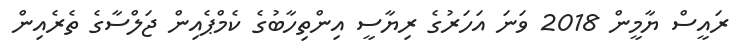
ރައީސް ޔާމީން 2018 ވަނަ އަހަރުގެ ރިޔާސީ އިންތިހާބުގެ ކެމްޕެއިން ޖަލްސާގެ ތެރެއިން